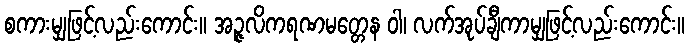
စကားမျှဖြင့်လည်းကောင်း။ အဉ္ဇလိကရဏမတ္တေန ဝါ၊ လက်အုပ်ချီကာမျှဖြင့်လည်းကောင်း။